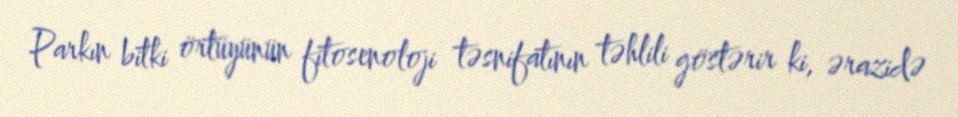
Parkın bitki örtüyünün fitosenoloji təsnifatının təhlili göstərir ki, ərazidə